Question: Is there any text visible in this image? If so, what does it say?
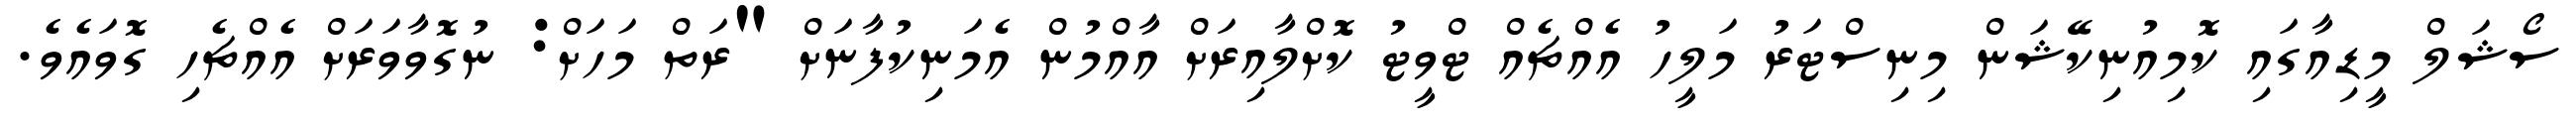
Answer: ސޯޝަލް މީޑިއާގައި ކޮމިއުނިކޭޝަން މިނިސްޓަރު މަލީހު އެއްޗެއް ޓްވީޓު ކޮށްލާއިރަށް އާއްމުން އެމަނިކުފާނަށް "ރަތް މަހަށް: ނުގޮވާވަރަށް އެއްޗެހި ގޮވައެވެ.